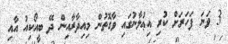
3 ވަނަ ފަހަރަށް ކުރި އިޢުލާނުގައި ވާގޮތުން މިއިދާރާއިން ދޭ ބީއޯކިއު އާއި